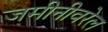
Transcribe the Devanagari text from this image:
जमीनीवरेल